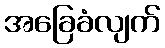
အခြေခံလျက်